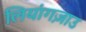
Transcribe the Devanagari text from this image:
लियांगज़ाउ